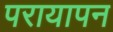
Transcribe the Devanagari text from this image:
परायापन